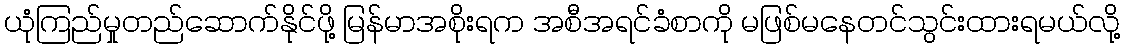
ယုံကြည်မှုတည်ဆောက်နိုင်ဖို့ မြန်မာအစိုးရက အစီအရင်ခံစာကို မဖြစ်မနေတင်သွင်းထားရမယ်လို့